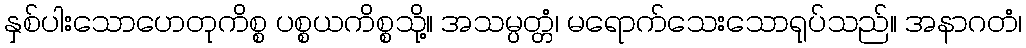
နှစ်ပါးသောဟေတုကိစ္စ ပစ္စယကိစ္စသို့။ အသမ္ပတ္တံ၊ မရောက်သေးသောရုပ်သည်။ အနာဂတံ၊